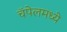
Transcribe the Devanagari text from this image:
चॅपेलमध्ये